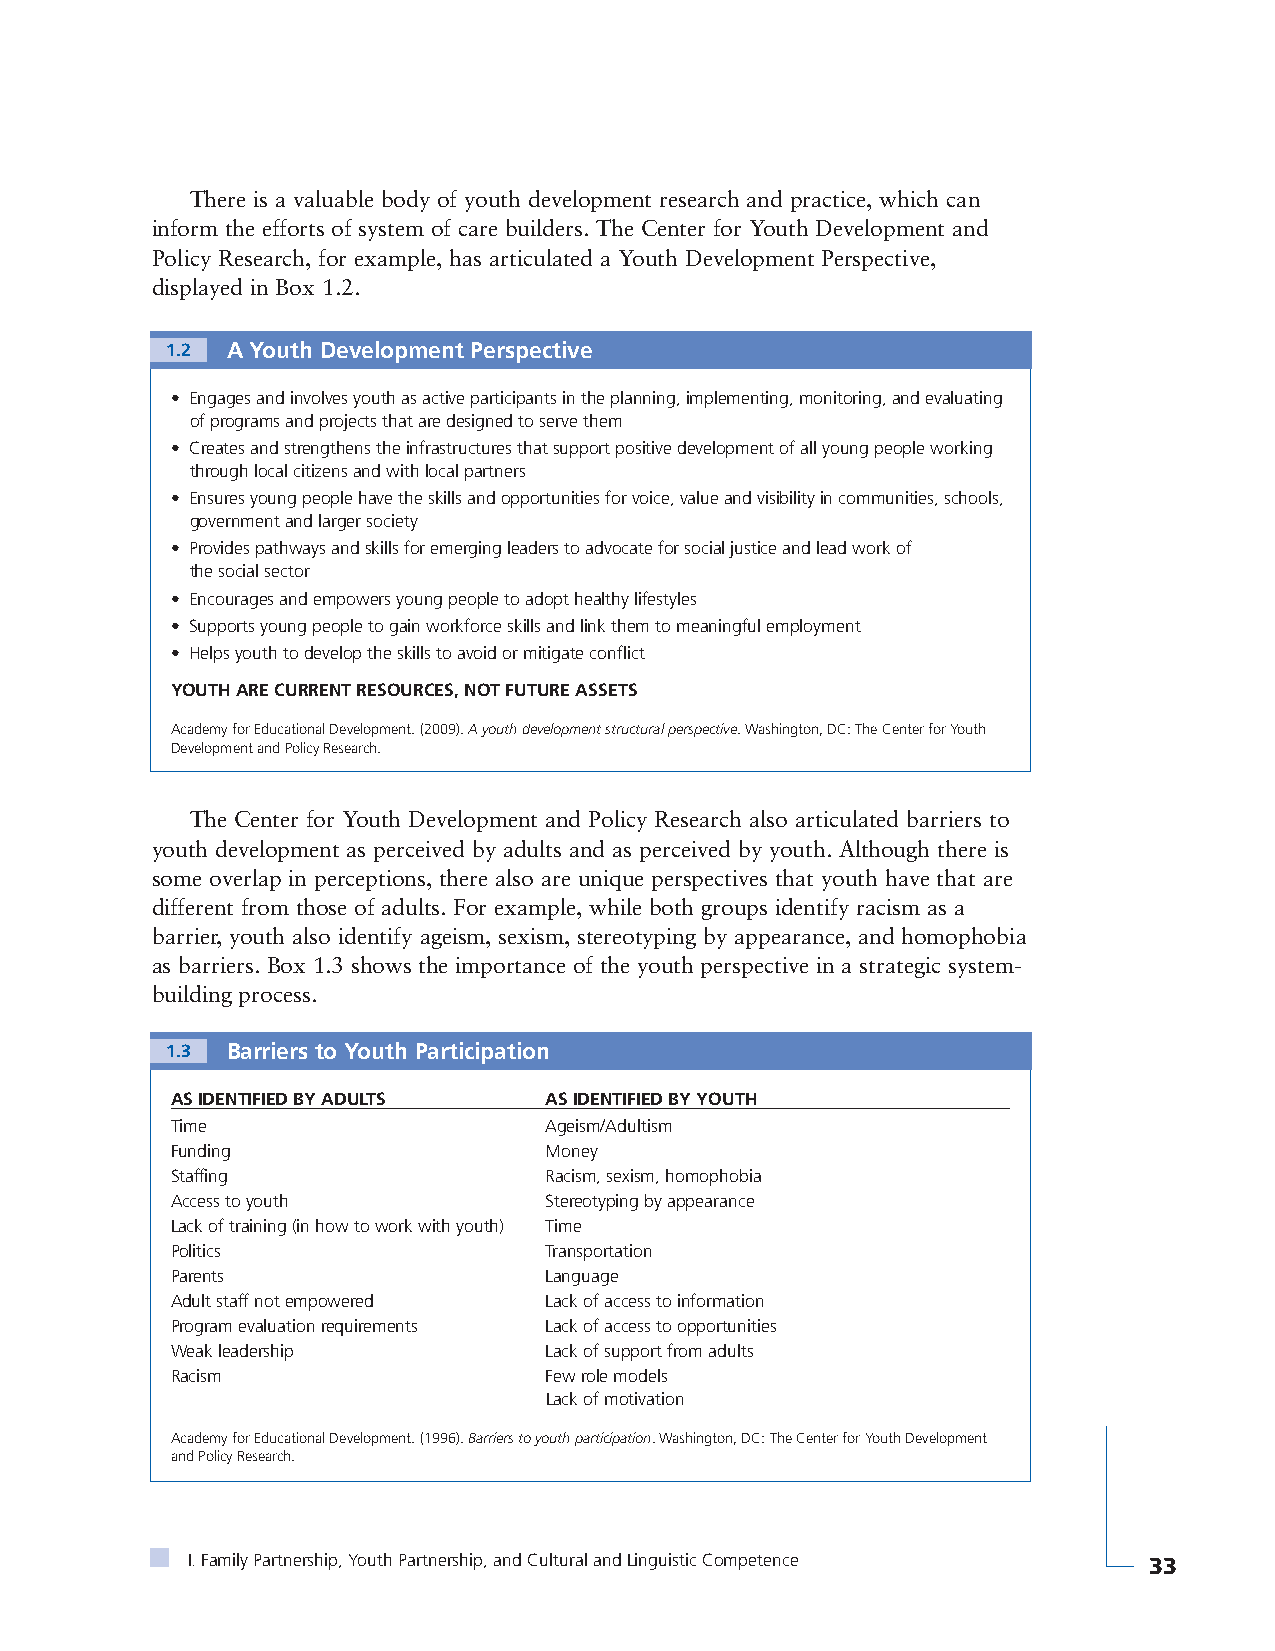
There is a valuable body of youth development research and practice, which can
 inform the efforts of system of care builders. The Center for Youth Development and
 Policy Research, for example, has articulated a Youth Development Perspective,
 displayed in Box 1.2.
 1.2 A Youth Development Perspective
 • Engages and involves youth as active participants in the planning, implementing, monitoring, and evaluating
 of programs and projects that are designed to serve them
 • Creates and strengthens the infrastructures that support positive development of all young people working
 through local citizens and with local partners
 • Ensures young people have the skills and opportunities for voice, value and visibility in communities, schools,
 government and larger society
 • Provides pathways and skills for emerging leaders to advocate for social justice and lead work of
 the social sector
 • Encourages and empowers young people to adopt healthy lifestyles
 • Supports young people to gain workforce skills and link them to meaningful employment
 • Helps youth to develop the skills to avoid or mitigate conflict
 YOUTH ARE CURRENT RESOURCES, NOT FUTURE ASSETS
 Academy for Educational Development. (2009). A youth development structural perspective. Washington, DC: The Center for Youth
 Development and Policy Research.
 The Center for Youth Development and Policy Research also articulated barriers to
 youth development as perceived by adults and as perceived by youth. Although there is
 some overlap in perceptions, there also are unique perspectives that youth have that are
 different from those of adults. For example, while both groups identify racism as a
 barrier, youth also identify ageism, sexism, stereotyping by appearance, and homophobia
 as barriers. Box 1.3 shows the importance of the youth perspective in a strategic system-
 building process.
 1.3 Barriers to Youth Participation
 AS IDENTIFIED BY ADULTS  AS IDENTIFIED BY YOUTH
 Time                     Ageism/Adultism
 Funding                  Money
 Staffing                 Racism, sexism, homophobia
 Access to youth          Stereotyping by appearance
 Lack of training (in how to work with youth) Time
 Politics                 Transportation
 Parents                  Language
 Adult staff not empowered Lack of access to information
 Program evaluation requirements Lack of access to opportunities
 Weak leadership          Lack of support from adults
 Racism                   Few role models
 Lack of motivation
 Academy for Educational Development. (1996). Barriers to youth participation. Washington, DC: The Center for Youth Development
 and Policy Research.
 I. Family Partnership, Youth Partnership, and Cultural and Linguistic Competence 33